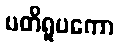
ပတိရူပကော